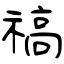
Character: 禞